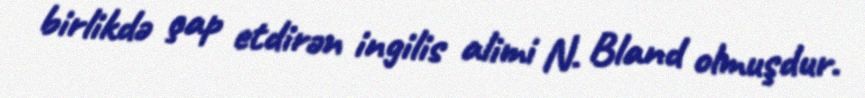
birlikdə çap etdirən ingilis alimi N. Bland olmuşdur.